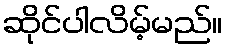
ဆိုင်ပါလိမ့်မည်။